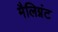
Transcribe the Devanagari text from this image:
मैलिग्नंट